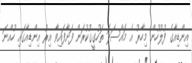
އިންޑިއާގެ ފުލުހުން މިހާރު އެ މައްސަލަ ތަހުގީގުކުރަން ފަށާފައިވާ އިރު އިންޑިއާގައި ހުއްނަ